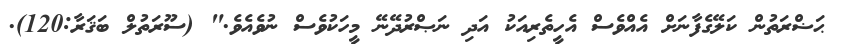
ޙަޟްރަތުން ކަލޭގެފާނަށް އެއްވެސް އެހީތެރިއަކު އަދި ނަޞްރުދޭނޭ މީހަކުވެސް ނުވެއެވެ." (ސޫރަތުލް ބަޤަރާ:120).